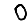
Digit: 0